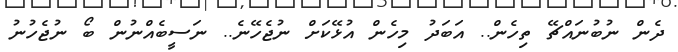
ދެން ނުބުނައްޗޭ ތިހެން.. އަބަދު މިހެން އުޅޭކަށް ނުޖެހޭނެ.. ނަސީބެއްނުން ބޯ ނުޖެހުނު